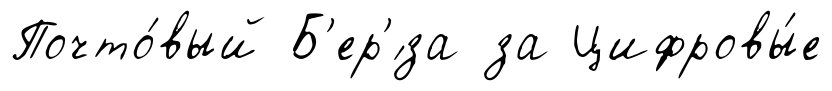
Почто́вый Б'ер'́за за Цифровы́е